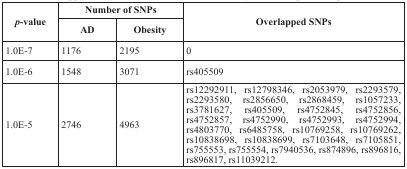
| <ROWSPAN=2> p-value | <COLSPAN=2> Number of SNPs | <ROWSPAN=2> Overlapped SNPs |
 | AD | Obesity |
 | --- | --- | --- | --- |
 | 1.0E-7 | 1176 | 2195 | 0 |
 | 1.0E-6 | 1548 | 3071 | rs405509 |
 | 1.0E-5 | 2746 | 4963 | rs12292911, rs12798346, rs2053979, rs2293579, rs2293580, rs2856650, rs2868459, rs1057233, rs3781627, rs405509, rs4752845, rs4752856, rs4752857, rs4752990, rs4752993, rs4752994, rs4803770, rs6485758, rs10769258, rs10769262, rs10838698, rs10838699, rs7103648, rs7105851, rs755553, rs755554, rs7940536, rs874896, rs896816, rs896817, rs11039212. |